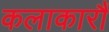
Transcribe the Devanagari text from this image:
कलाकारौं